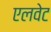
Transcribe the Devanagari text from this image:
एलवेट